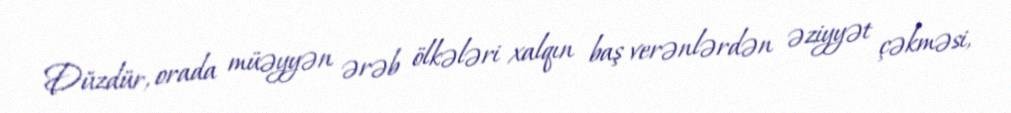
Düzdür, orada müəyyən ərəb ölkələri xalqın baş verənlərdən əziyyət çəkməsi,